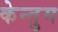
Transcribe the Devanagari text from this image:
केन्तुम